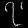
Digit: ၇